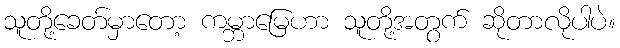
သူတို့ခေတ်မှာတော့ ကမ္ဘာမြေဟာ သူတို့အတွက် ဆိုတာလိုပါပဲ။